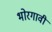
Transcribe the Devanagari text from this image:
भोरगावी